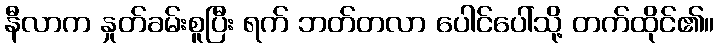
နီလာက နှုတ်ခမ်းစူပြီး ရက် ဘတ်တလာ ပေါင်ပေါ်သို့ တက်ထိုင်၏။